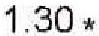
1.30 *